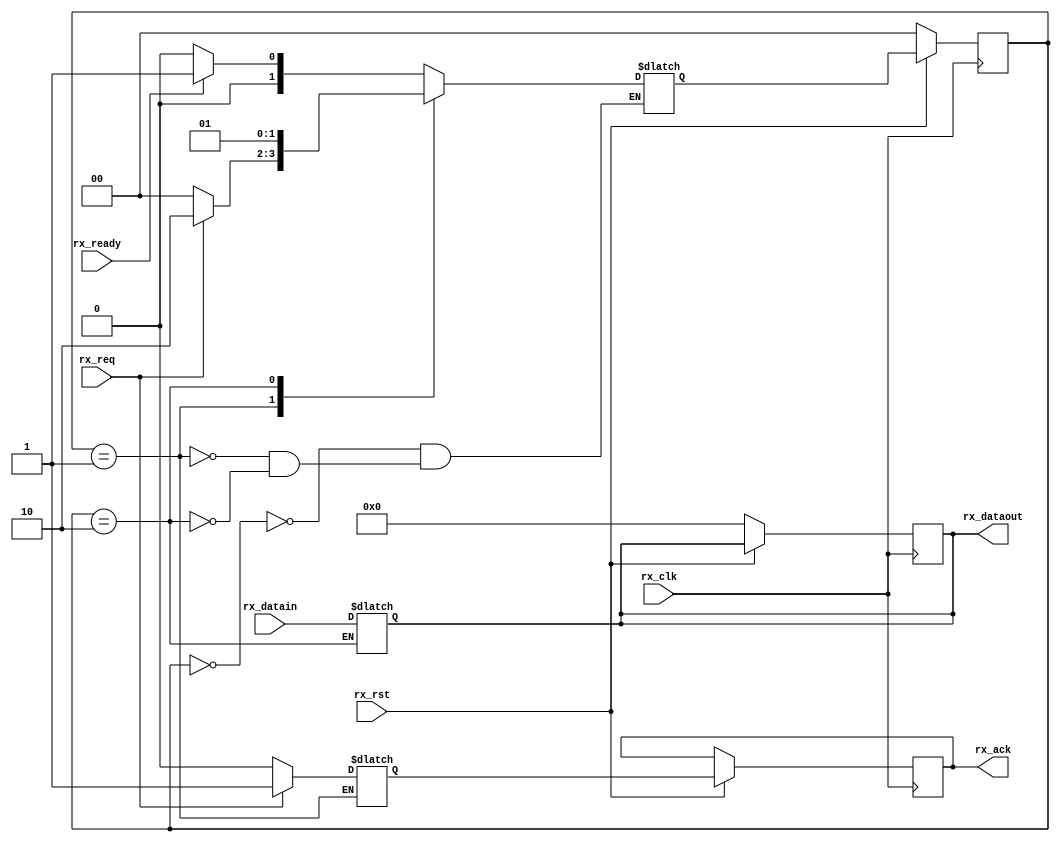
//***************************************************************************//
//***************************************************************************//
//***************************************************************************//
//**************                                          *******************//
//**************                                          *******************//
//**************      (c) SASIC Technologies Pvt Ltd      *******************//
//**************          (c) Verilogic Solutions         *******************//
//**************                                          *******************//
//**************                                          *******************//
//**************                                          *******************//
//**************           www.sasictek.com               *******************//
//**************          www.verilog-ic.com              *******************//
//**************                                          *******************//
//**************           Twitter:@sasictek              *******************//
//**************                                          *******************//
//**************                                          *******************//
//**************                                          *******************//
//***************************************************************************//
//***************************************************************************//


//              File Type: Verilog                                 

                             
//***************************************************************************//
//***************************************************************************//
                             

//              Author:
//              Reviewer:
//              Manager:
                             

//***************************************************************************//
//***************************************************************************//
//
	module Rx	#(parameter R_WIDTH=8,
							parameter RX_READY=2'b00,
							parameter RX_REQ=2'b01,
							parameter RX_RECIV=2'b10)
						 (input rx_req,
							input rx_rst,
							input rx_clk,
							input rx_ready,
						  input [R_WIDTH-1:0]rx_datain,
							output reg [R_WIDTH-1:0]rx_dataout,
							output reg rx_ack);
			reg [R_WIDTH-7:0]cst,nst;
		reg temp_sa;
			always@(*)
				begin:alw_blk
					case(cst)
						RX_READY:
							begin:rx_ready_blk
								if(rx_ready)
									begin:rx_ready_1
										nst=RX_REQ;
									end	//rx_ready_blk
								else
									begin:rx_ready_0
										nst=RX_READY;
									end	//rx_ready_0
							end	//rx_ready_blk
						RX_REQ:
							begin:rx_re
								if(rx_req)
									begin:rx_req_1
									//	rx_ack='b1;
										temp_sa='b1;
										nst=RX_RECIV;
										$display("rx_req_1");
									end	//rx_req_1
								else
									begin:rx_req_0
										//rx_ack='b0;
										temp_sa='b0;
										nst=RX_READY;
									end	//rx_req_0
							end	//rx_req
						RX_RECIV:
							begin:rx_recive
								$display("received");
								rx_dataout=rx_datain;
								nst=RX_REQ;
							//	temp_sa='b0;
							end	//rx_recive
						endcase
				end	//alw_blk
							always @(posedge rx_clk)
								begin:alw_blkkk
									if(!rx_rst)
										begin:rst_0
											cst<=RX_READY;
											rx_dataout<='d0;
										end	//rst_0
									else
										begin:rst_1
											cst<=nst;
											rx_ack<=temp_sa;
										end	//rst_1
								end	//alw_blkkk
						
	endmodule